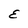
Character: E